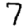
Digit: 7